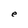
Character: e